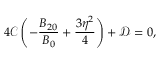
4 \mathcal { C } \left( - \frac { B _ { 2 0 } } { B _ { 0 } } + \frac { 3 \eta ^ { 2 } } { 4 } \right) + \mathcal { D } = 0 ,